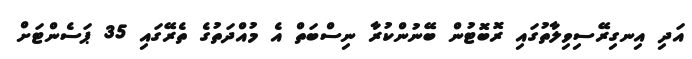
އަދި އިނގިރޭސިވިލާތުގައި ރޮބޮޓުން ބޭނުންކުރާ ނިސްބަތް އެ މުއްދަތުގެ ތެރޭގައި 35 ޕަސެންޓަށް